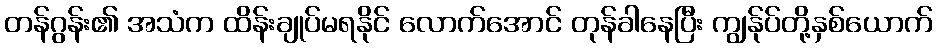
တန်ဂွန်း၏ အသံက ထိန်းချုပ်မရနိုင် လောက်အောင် တုန်ခါနေပြီး ကျွန်ုပ်တို့နှစ်ယောက်